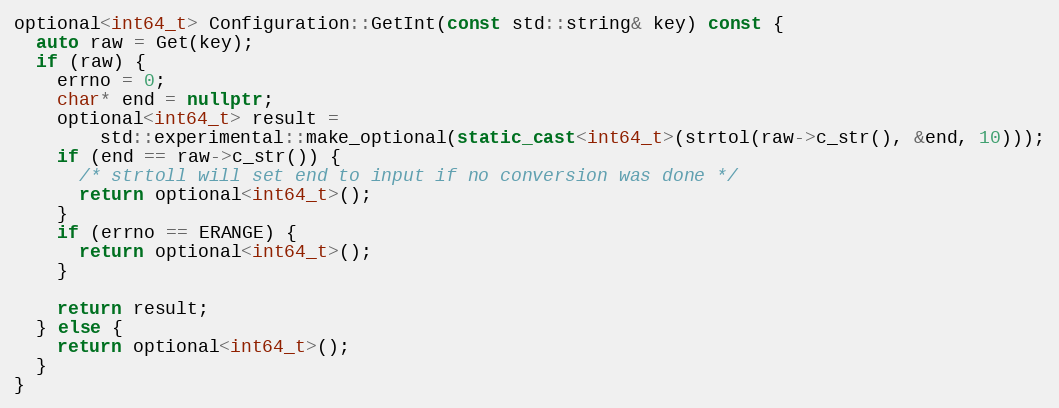
Language: C++
optional<int64_t> Configuration::GetInt(const std::string& key) const {
  auto raw = Get(key);
  if (raw) {
    errno = 0;
    char* end = nullptr;
    optional<int64_t> result =
        std::experimental::make_optional(static_cast<int64_t>(strtol(raw->c_str(), &end, 10)));
    if (end == raw->c_str()) {
      /* strtoll will set end to input if no conversion was done */
      return optional<int64_t>();
    }
    if (errno == ERANGE) {
      return optional<int64_t>();
    }

    return result;
  } else {
    return optional<int64_t>();
  }
}